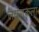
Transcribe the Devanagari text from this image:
लक्षणकला